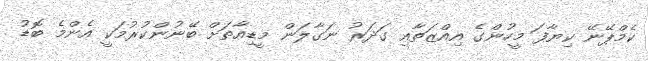
ކެމްޕޭނޭ ކިޔާފަ މީހުންގެ އިއްޒަތާއި ގަދަރު ނަގާލަން މީޑިއާތަށް ބޭނުންކުރުމަކީ އެންމެ ބޮޑު